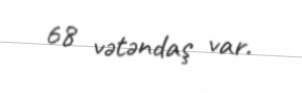
68 vətəndaş var.